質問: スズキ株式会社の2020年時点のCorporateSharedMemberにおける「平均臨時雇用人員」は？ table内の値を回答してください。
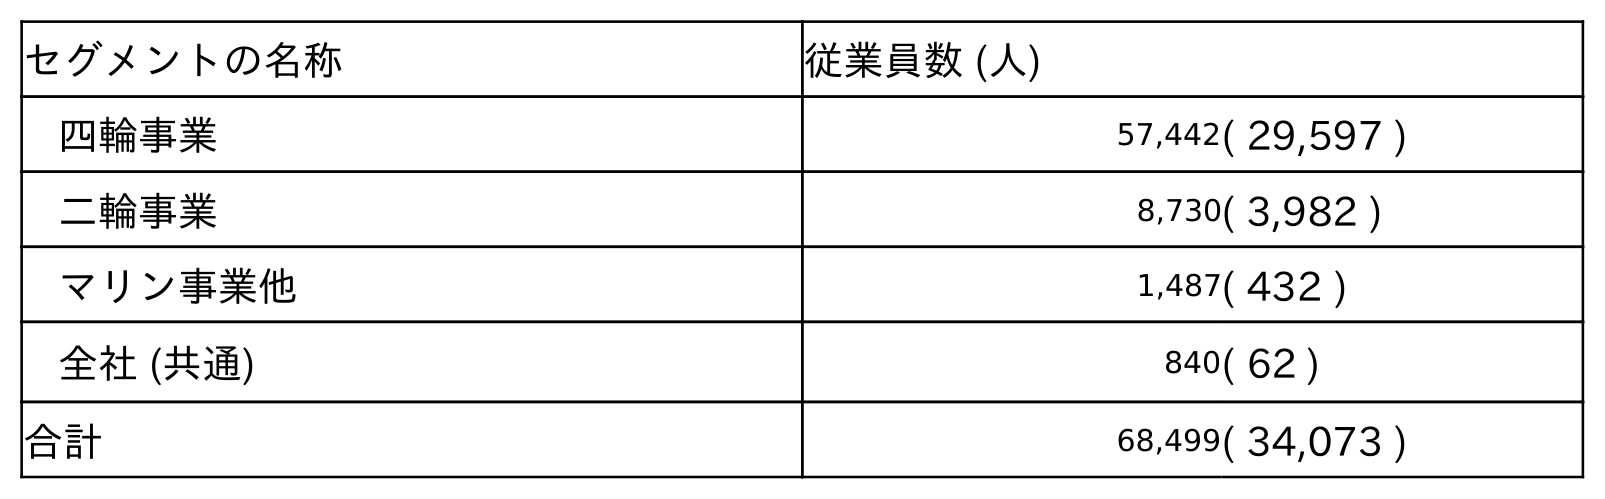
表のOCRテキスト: セグメントの名称 従業員数 (人) 四輪事業 57,442( 29,597 ) 二輪事業 8,730( 3,982 ) マリン事業他 1,487( 432 ) 全社 (共通) 840( 62 ) 合計 68,499( 34,073 )
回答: (62)